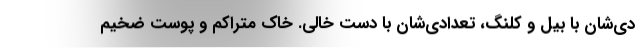
دي‌شان با بيل و كلنگ، تعدادي‌شان با دست خالي. خاك متراكم و پوست ضخيم